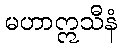
မဟာဣသီနံ